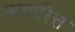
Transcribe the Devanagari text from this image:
आधारित्त